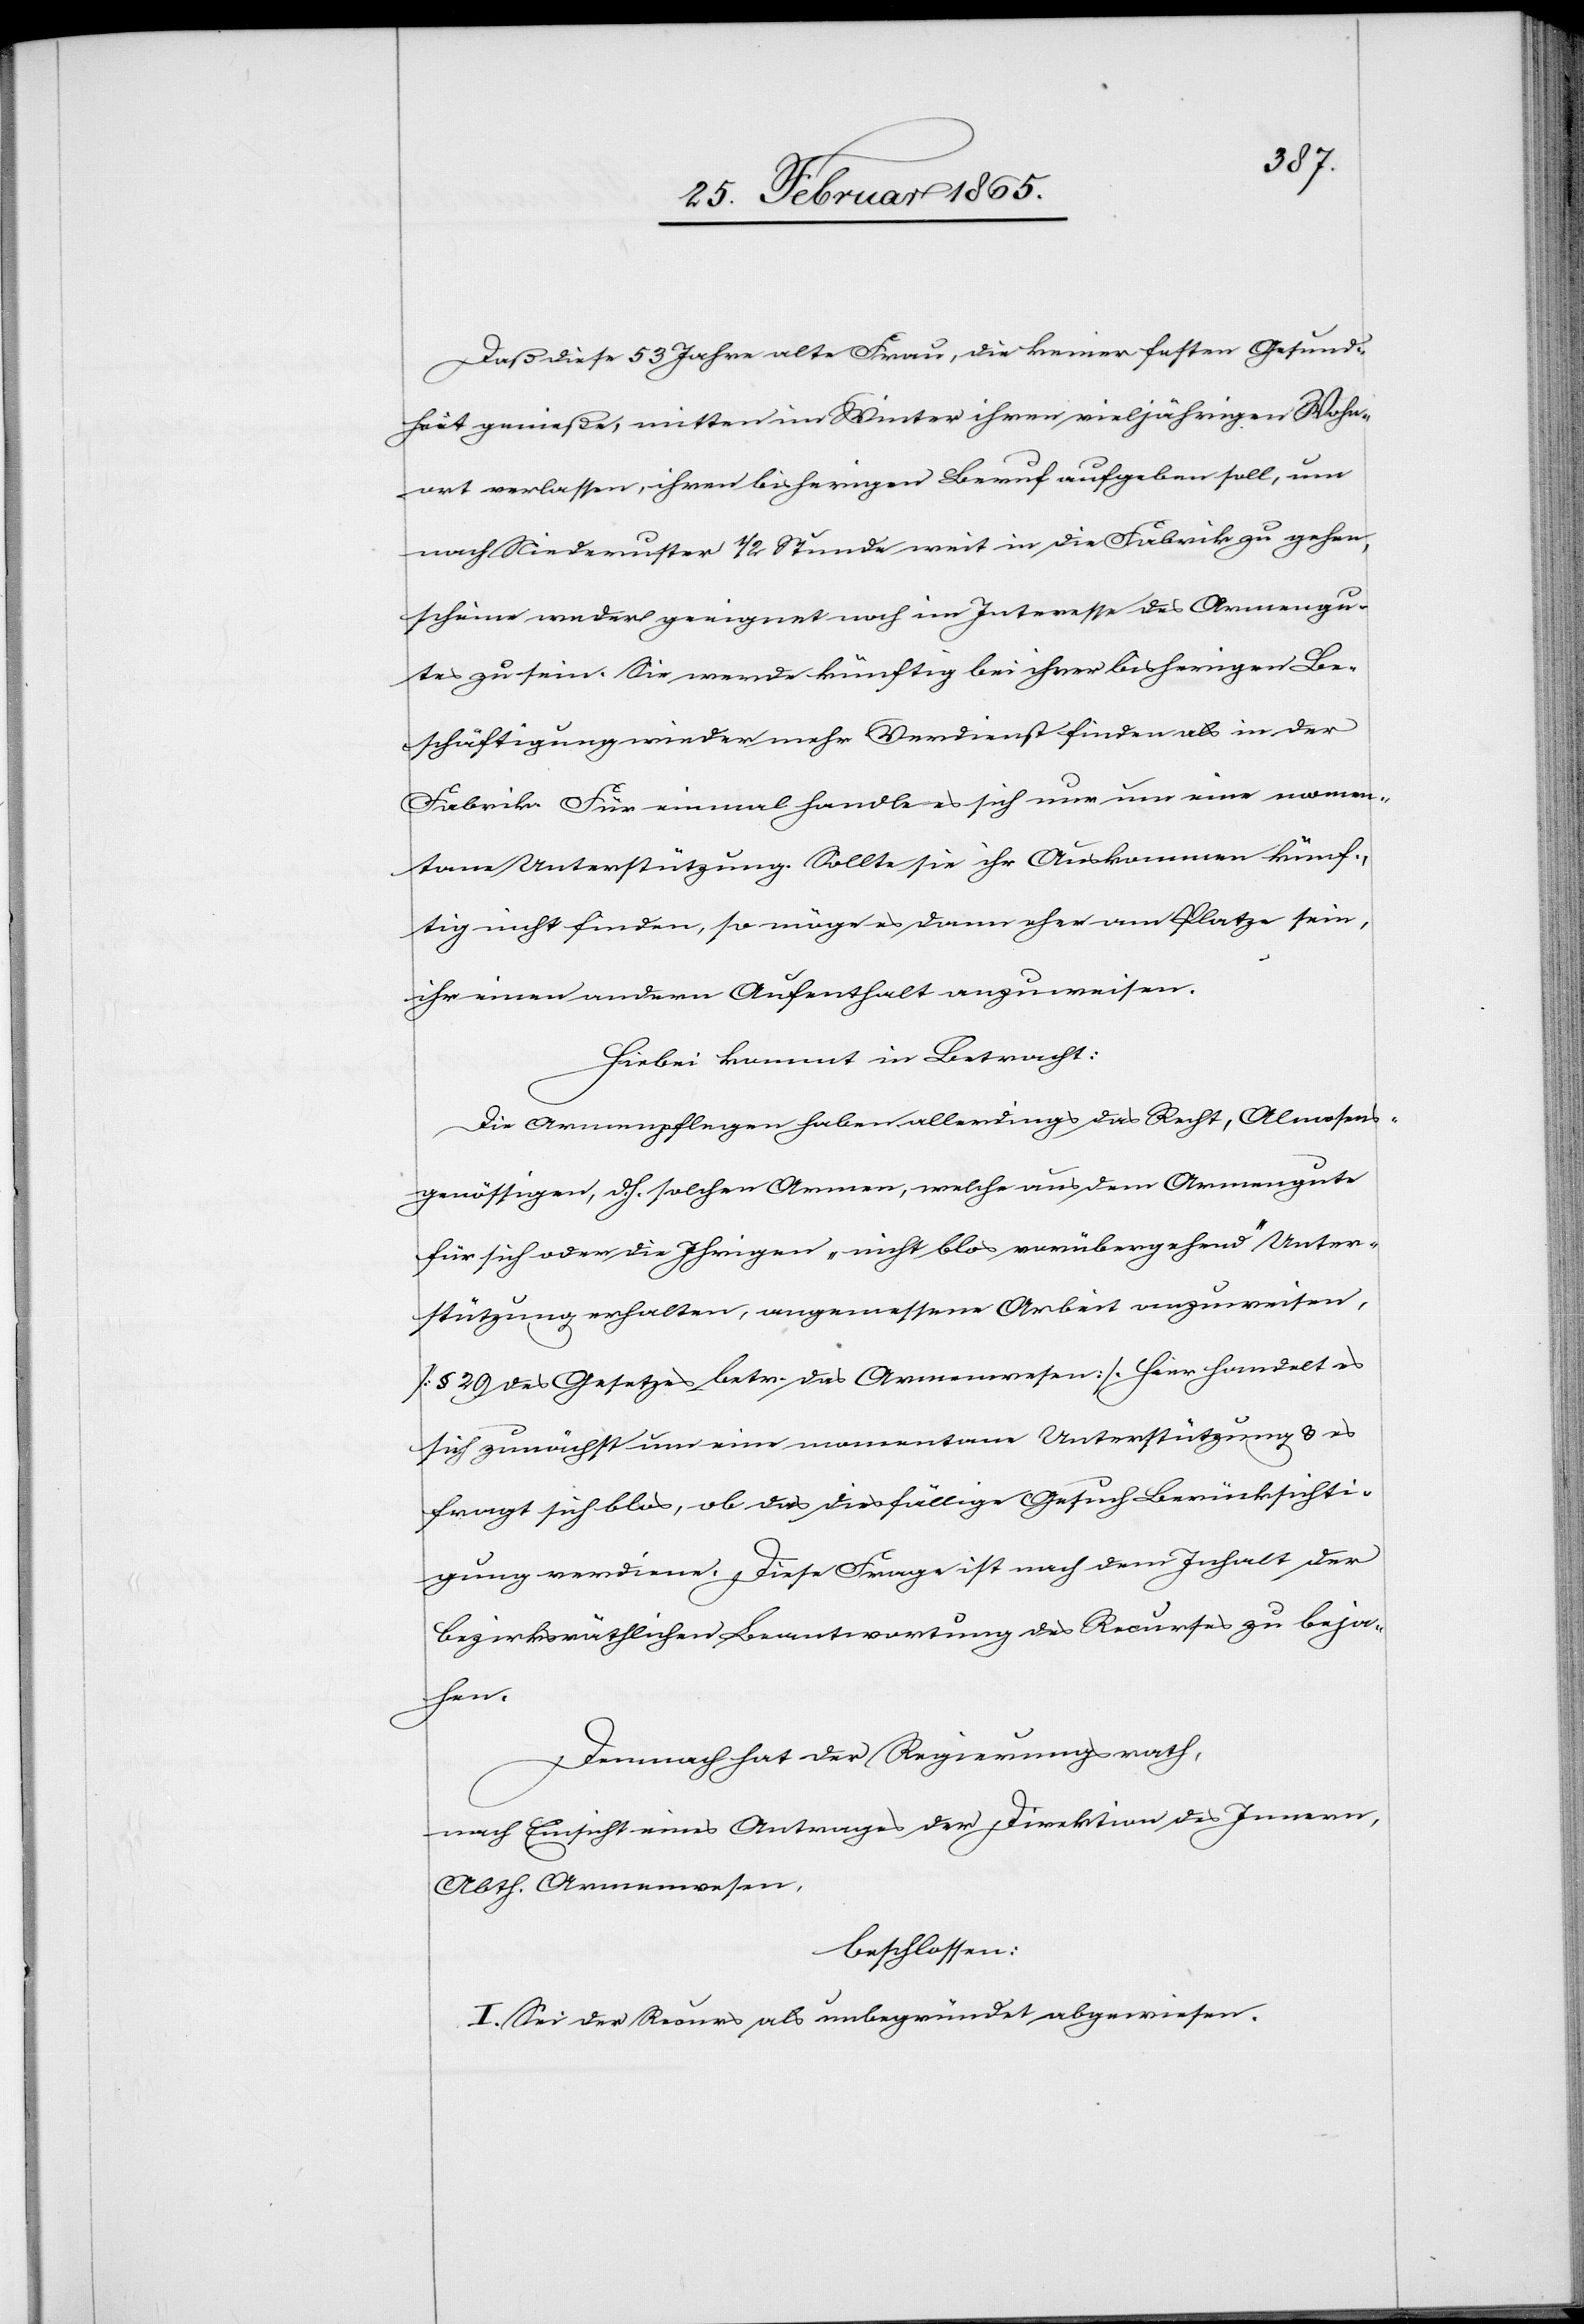
Daß diese 53 Jahre alte Frau, die keiner festen Gesund¬
heit genieße, mitten im Winter ihren vieljährigen Wohn¬
ort verlassen, ihren bisherigen Beruf aufgeben soll, um
nach Niederuster ½ Stunde weit in die Fabrik zu gehen,
scheine weder geeignet noch im Interesse des Armengu¬
tes zu sein. Sie werde künftig bei ihrer bisherigen B¬
eschäftigung wieder mehr Verdienst finden als in der
Fabrik. Für einmal handle es sich nur um eine momen¬
tane Unterstützung. Sollte sie ihr Auskommen künf¬
tig nicht finden, so möge es dann eher am Platze sein,
ihr einen andern Aufenthalt anzuweisen.
Hiebei kommt in Betracht:
Die Armenpflegen haben allerdings das Recht, Almosens¬
genössigen, d. h. solchen Armen, welche aus dem Armengute
für sich oder die Ihrigen „nicht blos vorübergehend“ Unter¬
stützung erhalten, angemessene Arbeit anzuweisen,
[§ 29 des Gesetzes betr. das Armenwesen]. Hier handelt es
sich zunächst um eine momentane Unterstützung u. es
fragt sich blos, ob das diesfällige Gesuch Berücksichti¬
gung verdiene. Diese Frage ist nach dem Inhalt der
bezirksräthlichen Beantwortung des Recurses zu beja¬
hen.
Demnach hat der Regierungsrath,
nach Einsicht eines Antrages der Direktion des Innern,
Abth. Armenwesen,
beschlossen:
I. Sei der Recurs als unbegründet abgewiesen.